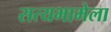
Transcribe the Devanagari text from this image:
सत्यभामेला